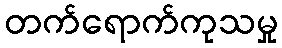
တက်ရောက်ကုသမှု